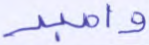
واصبر